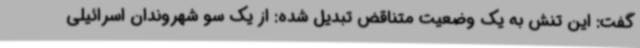
گفت: این تنش به یک وضعیت متناقض تبدیل شده: از یک سو شهروندان اسرائیلی